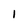
Character: 1